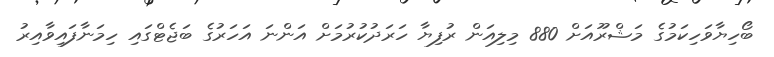
ބޯހިޔާވަހިކަމުގެ މަޝްރޫއަށް 880 މިލިއަން ރުފިޔާ ހަރަދުކުރުމަށް އަންނަ އަހަރުގެ ބަޖެޓްގައި ހިމަނާފައިވާއިރު